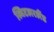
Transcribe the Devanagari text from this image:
स्विटलरलैंड